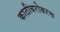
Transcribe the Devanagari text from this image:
काठीबरोबरच